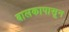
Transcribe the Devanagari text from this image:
बालकापासून